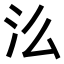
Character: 𭯷